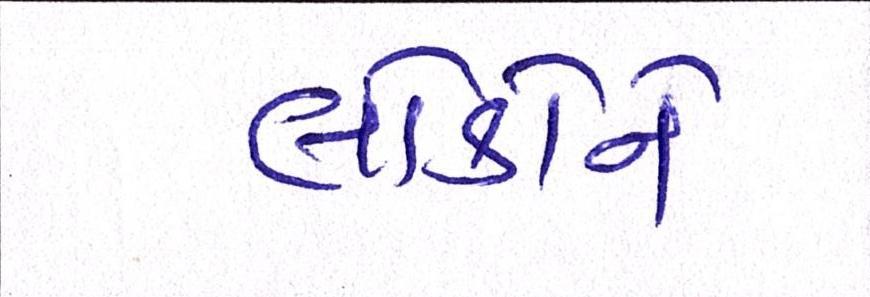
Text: લોકોને